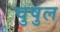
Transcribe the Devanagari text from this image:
चुषुल